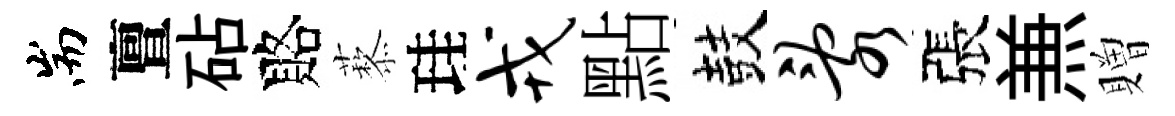
耑亶砧賂藜珪戎點鼓乱張𠔥贈